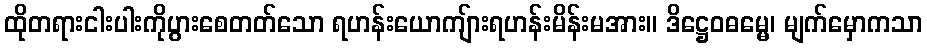
ထိုတရားငါးပါးကိုပွားစေတတ်သော ရဟန်းယောကျ်ားရဟန်းမိန်းမအား။ ဒိဋ္ဌေဝဓမ္မေ၊ မျက်မှောကသာ